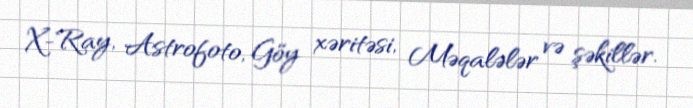
X-Ray, Astrofoto, Göy xəritəsi, Məqalələr və şəkillər.